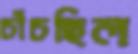
চাঁচছিল